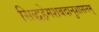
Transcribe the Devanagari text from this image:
सिद्धहेमशबदानुशासनम्